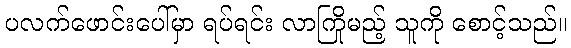
ပလက်ဖောင်းပေါ်မှာ ရပ်ရင်း လာကြိုမည့် သူကို စောင့်သည်။